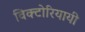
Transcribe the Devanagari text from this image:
विक्टोरियायी